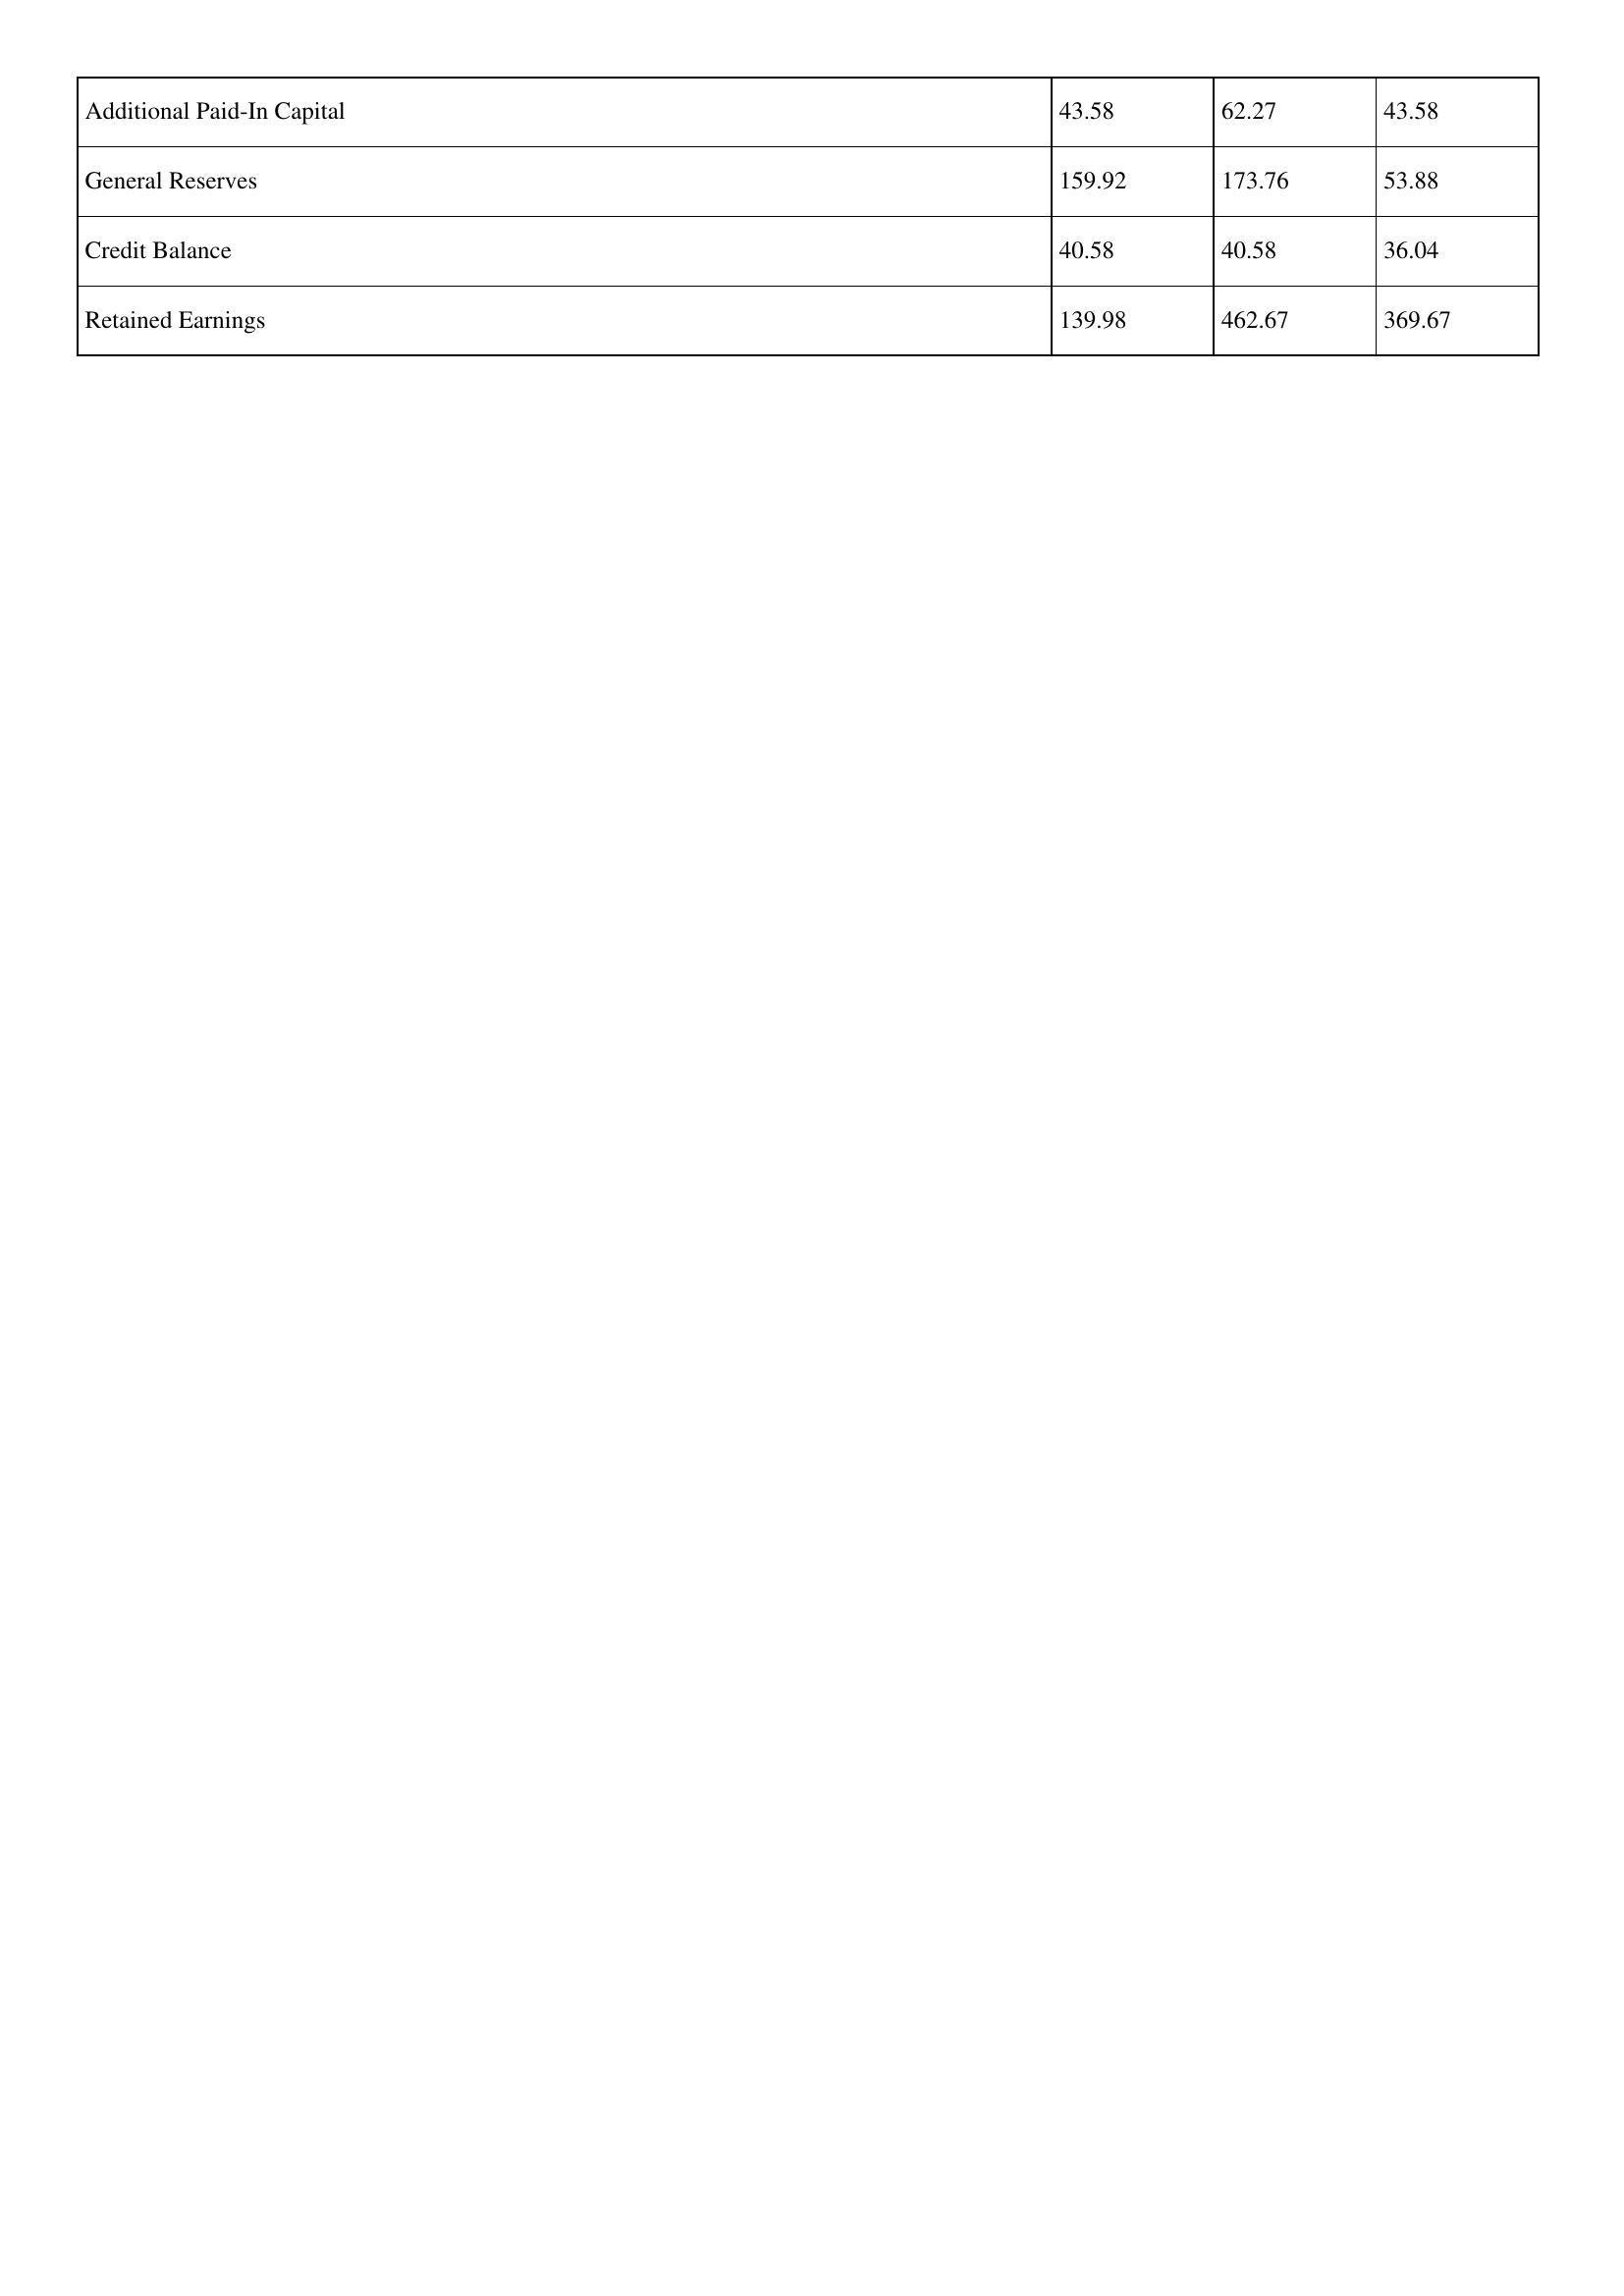
gt_parse: 2015: Additional Paid-In Capital: 43.58
General Reserves: 159.92
Credit Balance: 40.58
Retained Earnings: 139.98
2014: Additional Paid-In Capital: 62.27
General Reserves: 173.76
Credit Balance: 40.58
Retained Earnings: 462.67
2013: Additional Paid-In Capital: 43.58
General Reserves: 53.88
Credit Balance: 36.04
Retained Earnings: 369.67